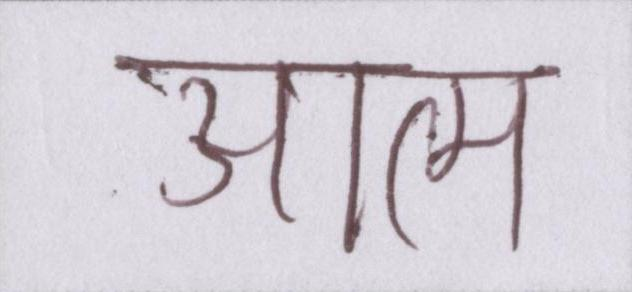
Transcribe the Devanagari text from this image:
आत्म